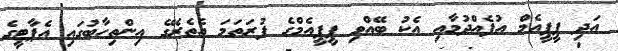
އަދި ޕީޕީއެމް އުފެއްދުމާއި އެކު ބޭއްވި ޕީޕީއެމްގެ ފުރަތަމަ އެތެރޭގެ އިންތިހާބުގައި އެޕާޓީގެ